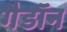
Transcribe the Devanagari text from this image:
गैडाॅन